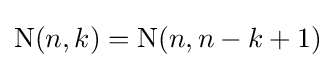
\operatorname {N} (n,k)=\operatorname {N} (n,n-k+1)